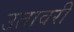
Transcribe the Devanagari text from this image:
उतावरी